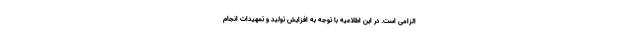
الزامی است. در این اطلاعیه با توجه به افزایش تولید و تمهیدات انجام